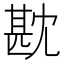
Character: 㽎